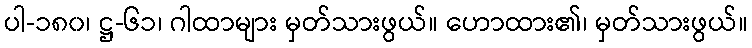
ပါ-၁၈၀၊ ဋ္ဌ-၆၁၊ ဂါထာများ မှတ်သားဖွယ်။ ဟောထား၏၊ မှတ်သားဖွယ်။